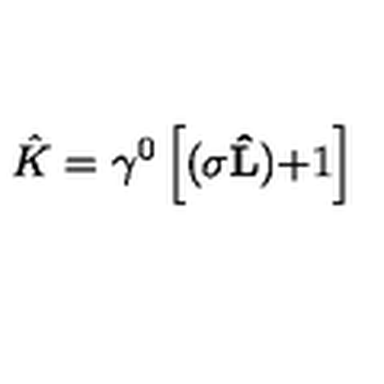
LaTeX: \hat { K } = \gamma ^ { 0 } \left[ ( { \bf \sigma \hat { L } ) + } 1 \right]